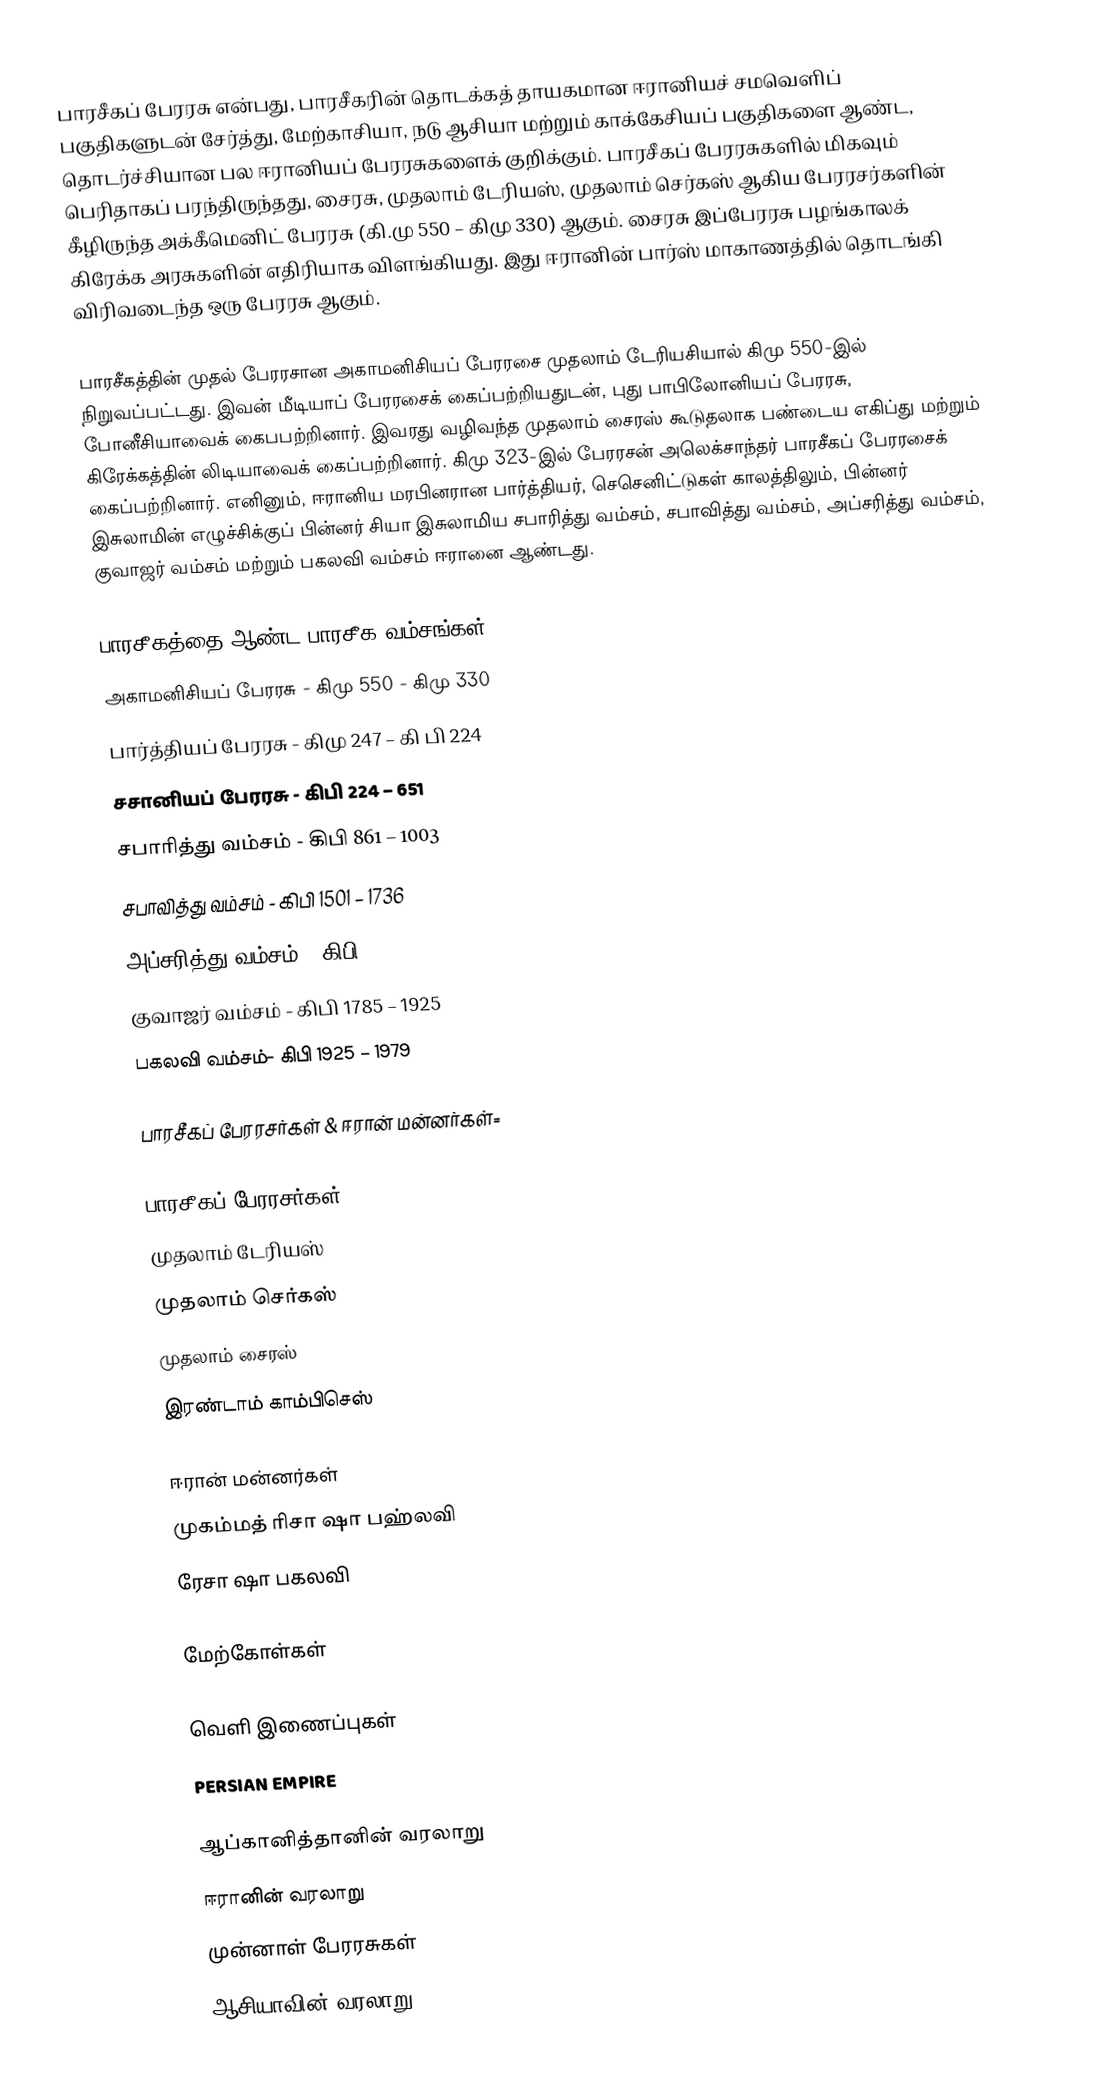
பாரசீகப் பேரரசு என்பது, பாரசீகரின் தொடக்கத் தாயகமான ஈரானியச் சமவெளிப் பகுதிகளுடன் சேர்த்து, மேற்காசியா, நடு ஆசியா மற்றும் காக்கேசியப் பகுதிகளை ஆண்ட, தொடர்ச்சியான பல ஈரானியப் பேரரசுகளைக் குறிக்கும். பாரசீகப் பேரரசுகளில் மிகவும் பெரிதாகப் பரந்திருந்தது, சைரசு, முதலாம் டேரியஸ், முதலாம் செர்கஸ் ஆகிய பேரரசர்களின் கீழிருந்த அக்கீமெனிட் பேரரசு (கி.மு 550 – கிமு 330) ஆகும். சைரசு இப்பேரரசு பழங்காலக் கிரேக்க அரசுகளின் எதிரியாக விளங்கியது. இது ஈரானின் பார்ஸ் மாகாணத்தில் தொடங்கி விரிவடைந்த ஒரு பேரரசு ஆகும்.

பாரசீகத்தின் முதல் பேரரசான அகாமனிசியப் பேரரசை முதலாம் டேரியசியால் கிமு 550-இல் நிறுவப்பட்டது. இவன் மீடியாப் பேரரசைக் கைப்பற்றியதுடன், புது பாபிலோனியப் பேரரசு, போனீசியாவைக் கைபபற்றினார். இவரது வழிவந்த  முதலாம் சைரஸ் கூடுதலாக பண்டைய எகிப்து மற்றும் கிரேக்கத்தின் லிடியாவைக் கைப்பற்றினார். கிமு 323-இல் பேரரசன் அலெக்சாந்தர் பாரசீகப் பேரரசைக் கைப்பற்றினார். எனினும், ஈரானிய மரபினரான பார்த்தியர், செசெனிட்டுகள் காலத்திலும், பின்னர் இசுலாமின் எழுச்சிக்குப் பின்னர்  சியா இசுலாமிய சபாரித்து வம்சம், சபாவித்து வம்சம், அப்சரித்து வம்சம், குவாஜர் வம்சம் மற்றும் பகலவி வம்சம் ஈரானை ஆண்டது.

பாரசீகத்தை ஆண்ட பாரசீக வம்சங்கள்
 அகாமனிசியப் பேரரசு - கிமு 550 - கிமு 330
 பார்த்தியப் பேரரசு - கிமு 247 – கி பி 224
 சசானியப் பேரரசு - கிபி 224 – 651
 சபாரித்து வம்சம் - கிபி 861 – 1003
 சபாவித்து வம்சம் - கிபி 1501 – 1736
 அப்சரித்து வம்சம் - கிபி 1736 – 1796
 குவாஜர் வம்சம் - கிபி 1785 – 1925
 பகலவி வம்சம்-  கிபி 1925 – 1979

பாரசீகப் பேரரசர்கள் & ஈரான் மன்னர்கள்=

பாரசீகப் பேரரசர்கள்
 முதலாம் டேரியஸ்
 முதலாம் செர்கஸ்
 முதலாம் சைரஸ்
 இரண்டாம் காம்பிசெஸ்

ஈரான் மன்னர்கள்
 முகம்மத் ரிசா ஷா பஹ்லவி
 ரேசா ஷா பகலவி

மேற்கோள்கள்

வெளி இணைப்புகள்
  PERSIAN EMPIRE

ஆப்கானித்தானின் வரலாறு
ஈரானின் வரலாறு
முன்னாள் பேரரசுகள்
ஆசியாவின் வரலாறு